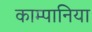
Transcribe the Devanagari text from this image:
काम्पानिया